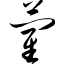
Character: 蔺